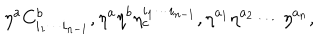
\eta ^ { a } C _ { i _ { 1 } \cdots i _ { n - 1 } } ^ { b } , \eta ^ { a } \eta ^ { b } \eta _ { c } ^ { i _ { 1 } \cdots i _ { n - 1 } } , \eta ^ { a _ { 1 } } \eta ^ { a _ { 2 } } \cdots \eta ^ { a _ { n } } ,